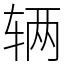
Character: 辆